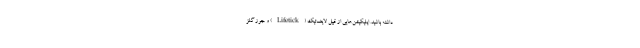
داشته باشید. اپلیکیشن‌هایی از قبیل لایف‌تیک (Lifetick) و جوز گلز